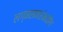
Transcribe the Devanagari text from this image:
लग्नसमारंभातील